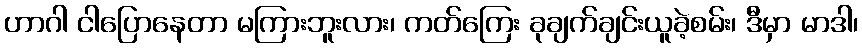
ဟာဂါ ငါပြောနေတာ မကြားဘူးလား၊ ကတ်ကြေး ခုချက်ချင်းယူခဲ့စမ်း၊ ဒီမှာ မာဒါ၊